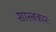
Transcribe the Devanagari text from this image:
शास्त्रकारः